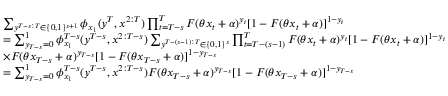
\begin{array} { r l } & { \sum _ { y ^ { T - s : T } \in \{ 0 , 1 \} ^ { s + 1 } } \phi _ { x _ { 1 } } ( y ^ { T } , x ^ { 2 : T } ) \prod _ { t = T - s } ^ { T } F ( \theta x _ { t } + \alpha ) ^ { y _ { t } } [ 1 - F ( \theta x _ { t } + \alpha ) ] ^ { 1 - y _ { t } } } \\ & { = \sum _ { y _ { T - s } = 0 } ^ { 1 } \phi _ { x _ { 1 } } ^ { T - s } ( y ^ { T - s } , x ^ { 2 : T - s } ) \sum _ { y ^ { T - ( s - 1 ) : T } \in \{ 0 , 1 \} ^ { s } } \prod _ { t = T - ( s - 1 ) } ^ { T } F ( \theta x _ { t } + \alpha ) ^ { y _ { t } } [ 1 - F ( \theta x _ { t } + \alpha ) ] ^ { 1 - y _ { t } } } \\ & { \times F ( \theta x _ { T - s } + \alpha ) ^ { y _ { T - s } } [ 1 - F ( \theta x _ { T - s } + \alpha ) ] ^ { 1 - y _ { T - s } } } \\ & { = \sum _ { y _ { T - s } = 0 } ^ { 1 } \phi _ { x _ { 1 } } ^ { T - s } ( y ^ { T - s } , x ^ { 2 : T - s } ) F ( \theta x _ { T - s } + \alpha ) ^ { y _ { T - s } } [ 1 - F ( \theta x _ { T - s } + \alpha ) ] ^ { 1 - y _ { T - s } } } \end{array}